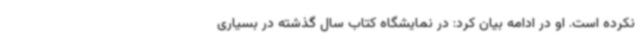
نکرده است. او در ادامه بیان کرد: در نمایشگاه کتاب سال گذشته در بسیاری